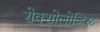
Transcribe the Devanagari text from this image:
सेक्सोलोजिस्ट